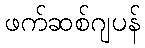
ဖက်ဆစ်ဂျပန်